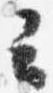
云